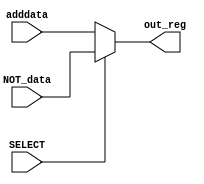
`timescale 1ns / 1ps
//////////////////////////////////////////////////////////////////////////////////
// Company: 
// Engineer: 
// 
// Design Name: 
// Module Name: MUX
// Project Name: 
// Target Devices: 
// Tool Versions: 
// Description: 
// 
// Dependencies: 
// 
// Revision:
// Revision 0.01 - File Created
// Additional Comments:
// 
//////////////////////////////////////////////////////////////////////////////////


module MUX
    # (    parameter N = 32)
    (output [N-1:0] out_reg, input [N-1:0] NOT_data, input [N-1:0] adddata, input SELECT);
    


    assign out_reg = SELECT ? NOT_data : adddata;
    
//    case(SELECT)
//        1'b0: assign out_reg = NOT_data;
//        1'b1: assign out_reg = adddata;
//        default: assign out_reg = 0;
//    endcase
    
    
endmodule